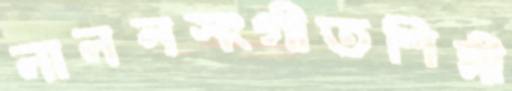
লালনসংগীতশিল্পী